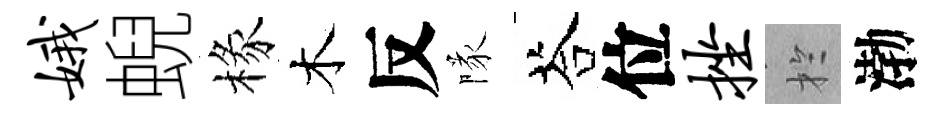
娥蜺椽木反隊荅位挫扵渤